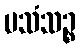
ပသံသဉ္စ